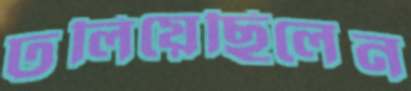
ঢলিয়েছিলেন